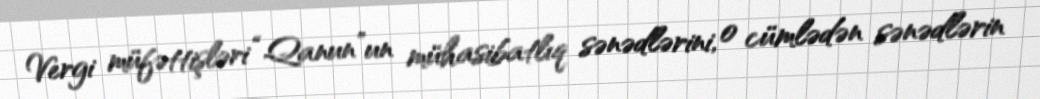
Vergi müfəttişləri “Qanun”un mühasibatlıq sənədlərini, o cümlədən sənədlərin